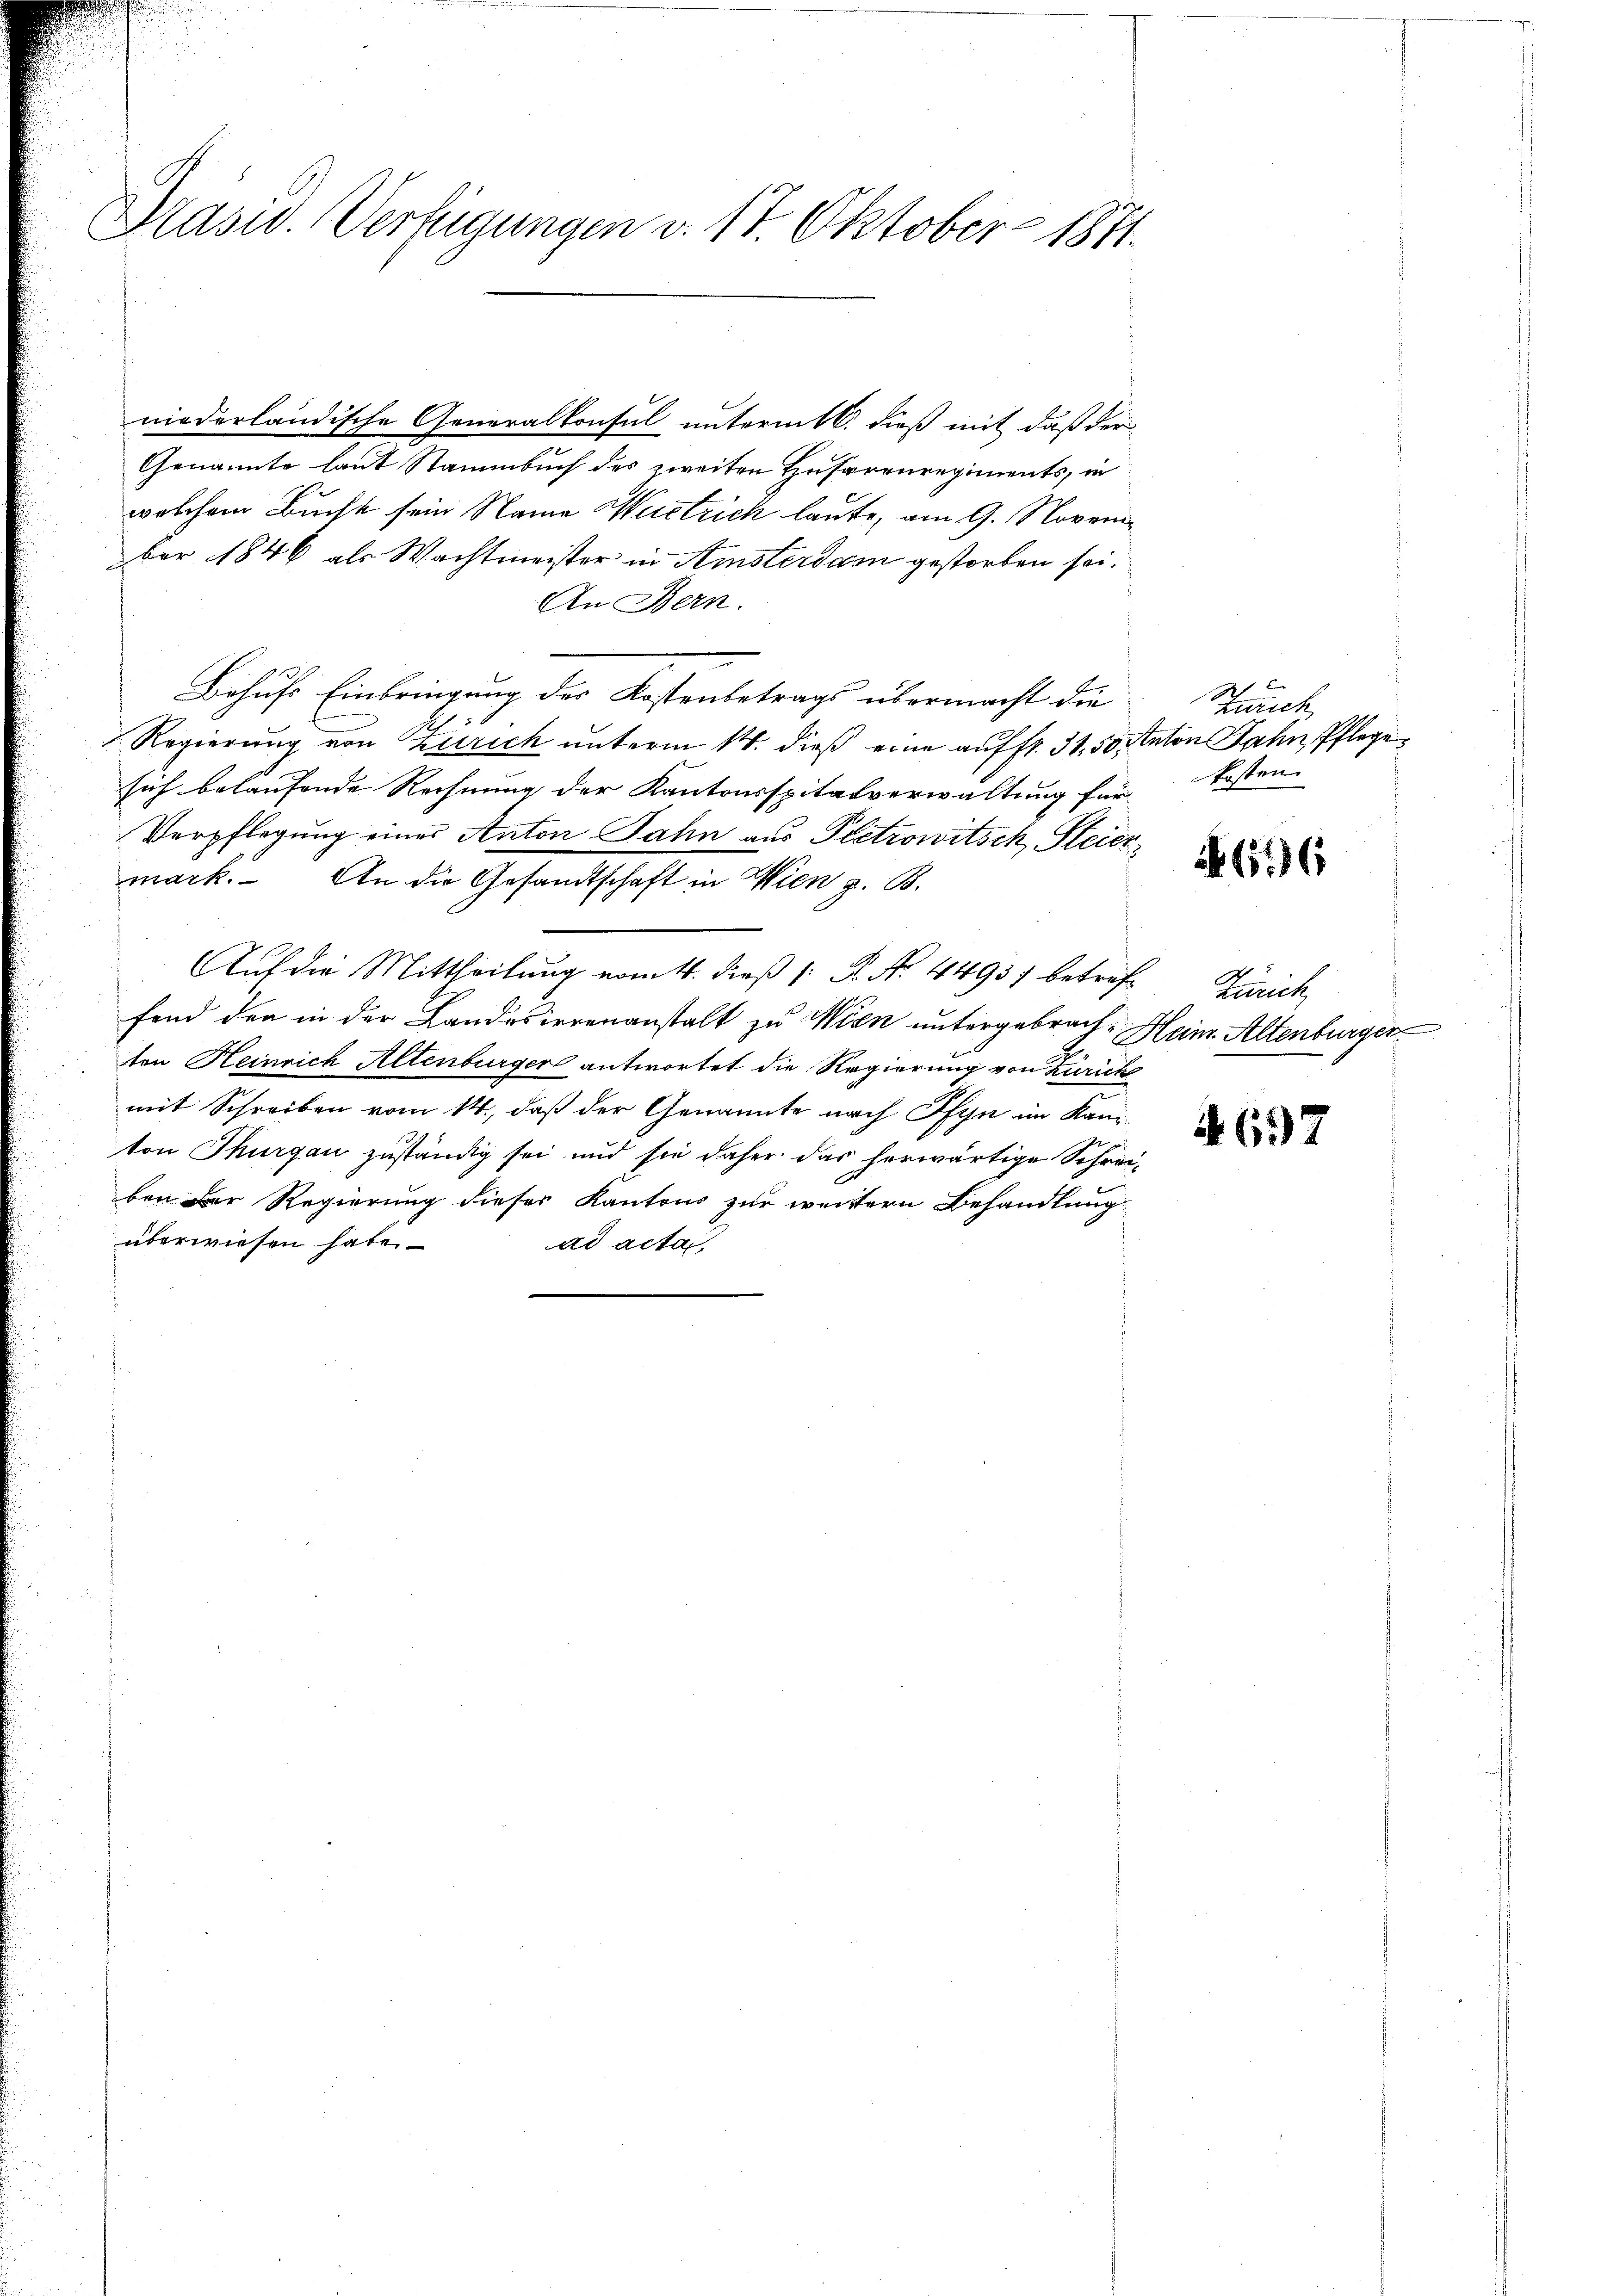
Präsid. Verfügungen v. 17. Oktober 1871.

niederländische Generalkonsul unterm 16. dieß mit daß der
Genannte laut Stammbuch des zweiten Husarenregiments, in
welchem Bucht sein Name Mustrich laute, am 9. November 1846 als Wachtmeister in Amsterdam gestorben sei.
An Bern.
Behufs Einbringung der Kostenbetrags übermacht die
Regierung von Zürich unterm 1. dieß eine auffr. 31. 50 Anton Jahn, Pflege
sich belaufende Rechnung der Kantonsspitalverwaltung für
Verpflegung einer Anton Jahn aus Petrowitsch, Steier
mark. An die Gesandtschaft in Wien z. B.
Auf die Mittheilung vom 11. dieß 1 R. No. 44957 betref Zürich
fend den in der Landesirrenanstalt zu Wien untergebrachten Heinrich Altenburger antwortet die Regierung von Zürich
mit Schreiben vom 14., daß der Genannte nach Pfyn im Kanton Thurgau zuständig sei und sie daher das herwärtige Schreiben der Regierung dieses Kantons zur weitern Behandlung
überwiesen habe.
ad acta,

Zürich
kosten.

696

Heim Altenburger

A 697